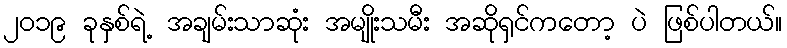
၂၀၁၉ ခုနှစ်ရဲ့ အချမ်းသာဆုံး အမျိုးသမီး အဆိုရှင်ကတော့ ပဲ ဖြစ်ပါတယ်။